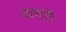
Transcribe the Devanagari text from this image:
जलाऎ।